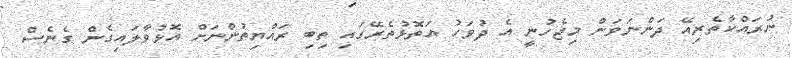
ނުރައްކާތެރިއޭ ދަންނަވަން މިޖެހުނީ އެ ދުވަހު އަތޮޅުތެރޭގައި ތިބި ރައްޔިތުންނަށް އޮޅުވާލައިގެން ގެނެސް